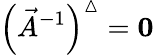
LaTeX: \left(\vec{A}^{-1}\right)^{\vartriangle}={\mathbf 0}